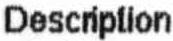
DESCRIPTION